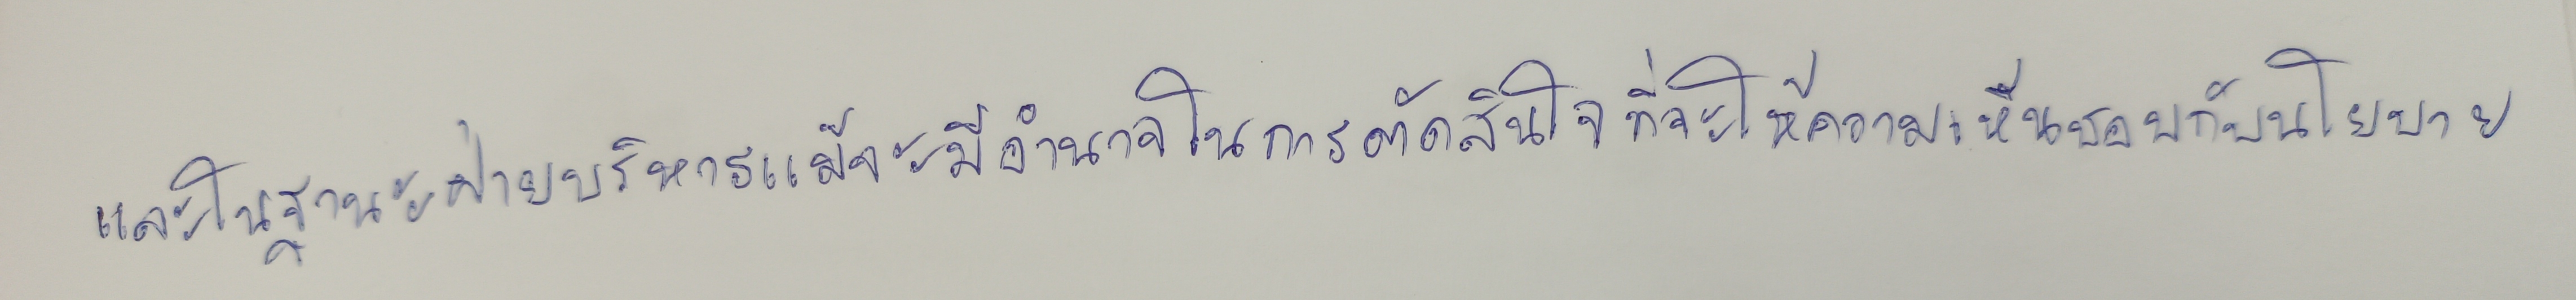
และในฐานะฝ่ายบริหารแม้จะมีอำนาจในการตัดสินใจที่จะให้ความเห็นชอบกับนโยบาย